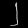
Digit: ၂